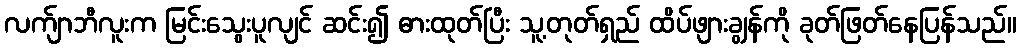
လက်ျာဘီလူးက မြင်းသွေးပူလျင် ဆင်း၍ ဓားထုတ်ပြီး သူ့တုတ်ရှည် ထိပ်ဖျားချွန်ကို ခုတ်ဖြတ်နေပြန်သည်။